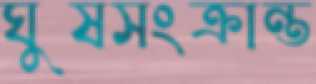
ঘুষসংক্রান্ত